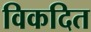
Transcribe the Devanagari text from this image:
विकदित